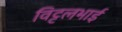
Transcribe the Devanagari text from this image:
विट्टलभाई